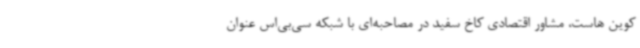
کوین هاست، مشاور اقتصادی کاخ سفید در مصاحبه‌ای با شبکه سی‌بی‌اس عنوان